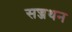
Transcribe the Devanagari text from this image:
सज्जथन